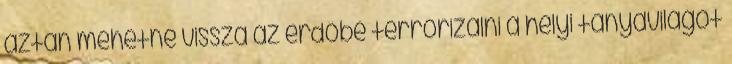
aztán mehetne vissza az erdőbe terrorizálni a helyi tanyavilágot